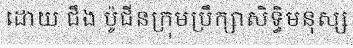
ដោយ ជឹង ប៉ូជីនក្រុមប្រឹក្សាសិទ្ធិមនុស្ស